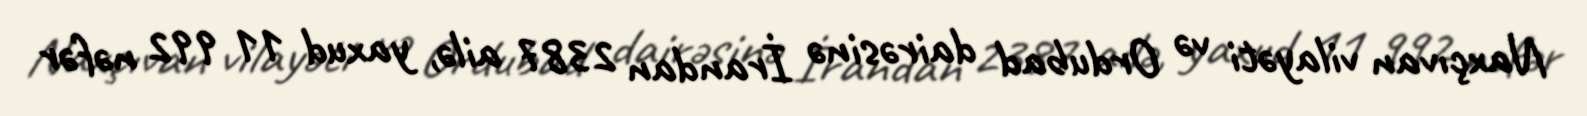
Naxçıvan vilayəti və Ordubad dairəsinə İrandan 2387 ailə, yaxud 11 992 nəfər